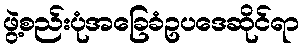
ဖွဲ့စည်းပုံအခြေခံဥပဒေဆိုင်ရာ